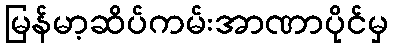
မြန်မာ့ဆိပ်ကမ်းအာဏာပိုင်မှ